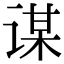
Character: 谋